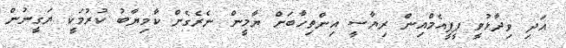
އަދި ވިދާޅުވީ ޕީޕީއެމްއިން ރިޔާސީ އިންތިހާބަށް ޔާމީން ނެރެގެން ކާމިޔާބު ކުރުމަކީ ޔަގީނުން